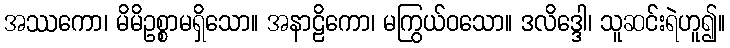
အဿကော၊ မိမိဥစ္စာမရှိသော။ အနာဠိကော၊ မကြွယ်ဝသော။ ဒလိဒ္ဒေါ၊ သူဆင်းရဲဟူ၍။